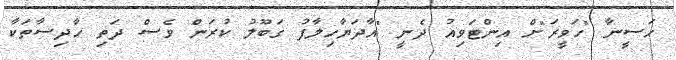
ހަސީނާ "ހަވީރަ"ށް އިންޓަވިއު ދެނީ "އާދަޔާހިލާފު ގަބޫލު ކުރަން ވެސް ދަތި ހާދިސާތަކާ